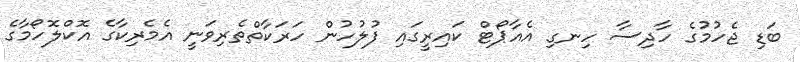
ބަޑި ޖެހުމުގެ ހާދިސާ ހިނގި އެއާޕޯޓް ކައިރީގައި ފުލުހުން ހަރަކާތްތެރިވަނީ އެމެރިކާގެ އޮކްލޮހޯމާގެ